Lunatic asylums Central Provinces reports 1886-1894 - 1886-1894
Year: 1886
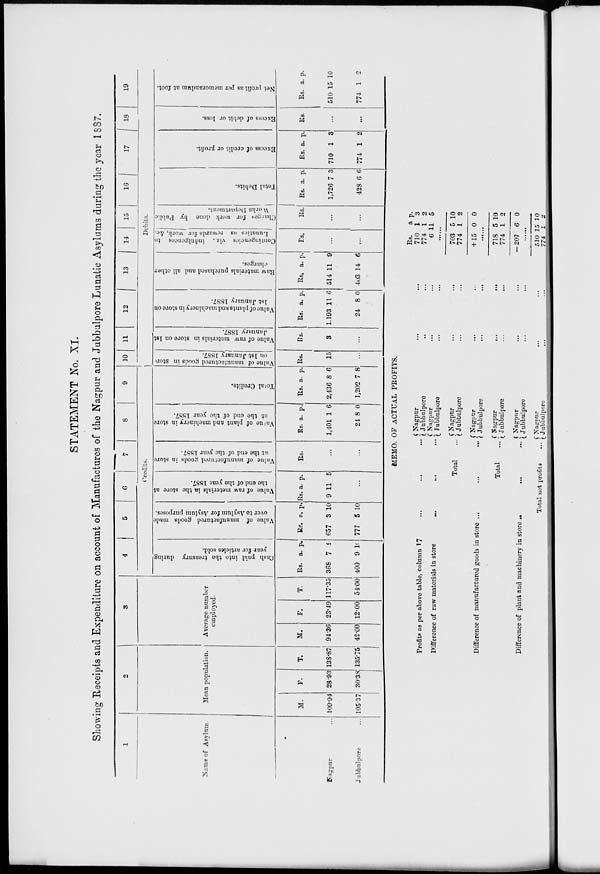
STATEMENT No. XI.
Showing Receipts and Expenditure on account of Manufactures of the Nagpur and Jubbulpore Lunatic Asylums during the year 1887.
1
Name of Asylum.
Nagpur ...
Jubbulpore ...
2
Mean population.
M.
109.94
105.37
F.
28.93
30.38
T.
138.87
135.75
3
Average number
employed.
M.
94.36
42.00
F.
23.49
12.00
T.
117.35
54.00
4
5
6
7
8
9
Credits.
Cash paid into the
treasury during
year for articles sold.
Rs.
368
400
a.
7
9
p.
9
10
Value of manufactured goods made
over to Asylum for Asylum purposes.
Rs.
657
777
a.
3
5
p.
10
10
Value of raw meterials
in the store at
the end of the year 1887.
Rs.
9
a.
11
p.
5
...
Value of manufactured goods in store
at the end of the year 1887.
Rs.
...
...
Value
of plant and machinery in store
at the end of the year 1887.
Rs.
1,401
24
a.
1
8
p.
6
0
Total Credits.
Rs.
2,436
1,202
a.
8
7
p.
6
8
10
11
12
13
14
15
16
17 18 19
Debits.
Value of manufactured goods in store
on 1st January 1887.
Rs.
15
...
Value of raw materials in store on 1st
January 1887.
Rs.
3
...
Value of plants and machinery in store on
1st January 1887.
Rs.
1,193
24
a.
11
8
p.
6
0
Raw materials purchased and all other
charges.
Rs.
514
403
a.
11
14
p.
9
6
Contingencies viz. indulgences to
Lunatics as rewards for work, &c.
Rs.
...
...
Charges
for work done by Public
Works Department.
Rs.
...
...
Total Debits.
Rs.
1,726
428
a.
7
6
p.
3
6
Excess of credit or profit.
Rs.
710
774
a.
1
1
p.
3
2
Excess of debit or loss.
Rs.
...
...
Net profit as per memorandum at foot.
Rs
510
774
a.
15
1
p.
10
2
MEMO. OF ACTUAL PROFITS.
Profits as per above table, column 17 ... ... ...
Difference of raw materials in store
...
...
...
Total ...
Difference of manufactured goods in store ... ... ...
Total
...
Difference of plant and machinery in store ... ...
Total net profits
...
Nagpur ... ...
Jubbulpore ... ...
Nagpur ... ...
Jubbulpore ... ...
Nagpur ... ...
Jubbulpore ... ...
Nagpur ... ...
Jubbulpore ... ...
Nagpur
...
...
Jubbulpore
...
...
Nagpur ... ...
Jubbulpore ... ...
Nagpur
...
...
Jubbulpore
...
...
Rs.
710
774
6
a
1
1
11
p.
3
2
5
.....
703
774
+ 15
5
1
0
10
2
0
......
718
774
-207
5
1
6
10
2
0
......
510
774
15
1
10
2